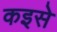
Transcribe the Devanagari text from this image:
कइसे